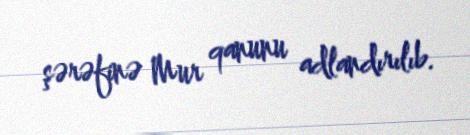
şərəfinə Mur qanunu adlandırılıb.